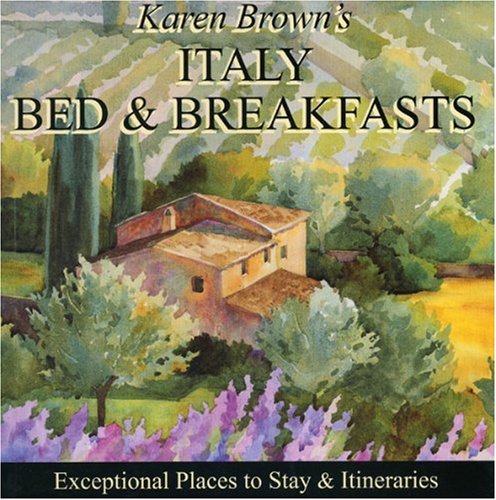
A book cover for Karen Brown's Italy Bed & Breakfasts 2010: Exceptional Places to Stay & Itineraries (Karen Brown's Italy Bed & Breakfast: Exceptional Places to Stay & Itineraries); Nicole Franchini; Travel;